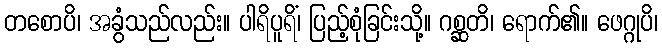
တစောပိ၊ အခွံသည်လည်း။ ပါရိပူရိံ၊ ပြည့်စုံခြင်းသို့။ ဂစ္ဆတိ၊ ရောက်၏။ ဖေဂ္ဂုပိ၊